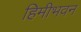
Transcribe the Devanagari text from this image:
हिमीभवन